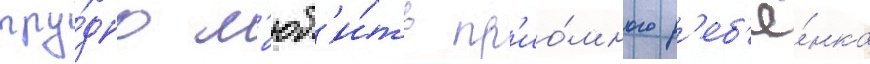
тру́дно л'юб'и́ть пр'ио́много р'еб'ё́нка